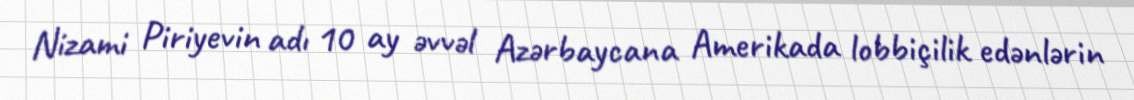
Nizami Piriyevin adı 10 ay əvvəl Azərbaycana Amerikada lobbiçilik edənlərin